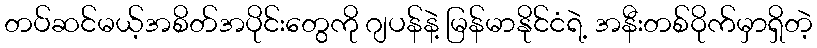
တပ်ဆင်မယ့်အစိတ်အပိုင်းတွေကို ဂျပန်နဲ့ မြန်မာနိုင်ငံရဲ့ အနီးတစ်ဝိုက်မှာရှိတဲ့